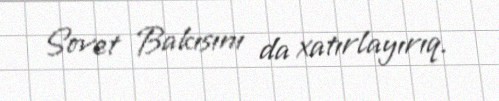
Sovet Bakısını da xatırlayırıq.